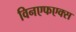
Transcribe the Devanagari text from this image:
विनएफएक्स